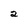
Character: 2